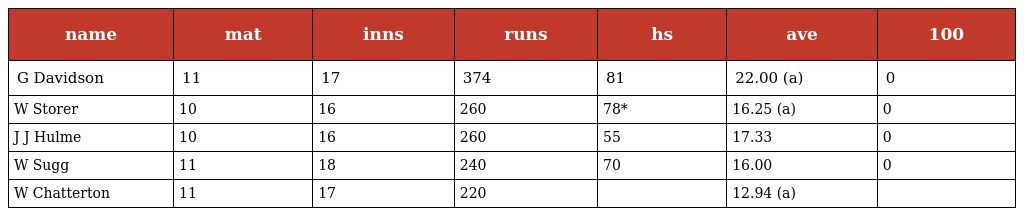
| name | mat | inns | runs | hs | ave | 100 |
 | --- | --- | --- | --- | --- | --- | --- |
 | G Davidson | 11 | 17 | 374 | 81 | 22.00 (a) | 0 |
 | W Storer | 10 | 16 | 260 | 78* | 16.25 (a) | 0 |
 | J J Hulme | 10 | 16 | 260 | 55 | 17.33 | 0 |
 | W Sugg | 11 | 18 | 240 | 70 | 16.00 | 0 |
 | W Chatterton | 11 | 17 | 220 |  | 12.94 (a) |  |